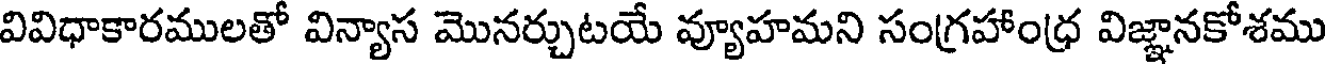
వివిధాకారములతో విన్యాస మొనర్చుటయే వ్యూహమని సంగ్రహాంధ్ర విజ్ఞానకోశము